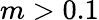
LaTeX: m>0.1